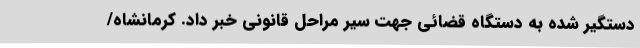
دستگیر شده به دستگاه قضائی جهت سیر مراحل قانونی خبر داد. کرمانشاه/